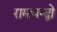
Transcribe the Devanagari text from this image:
रामचन्द्रो